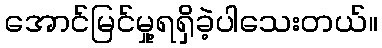
အောင်မြင်မှု့ရရှိခဲ့ပါသေးတယ်။